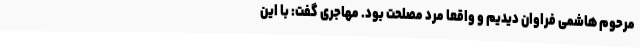
مرحوم هاشمی فراوان دیدیم و واقعا مرد مصلحت بود. مهاجری گفت: با این